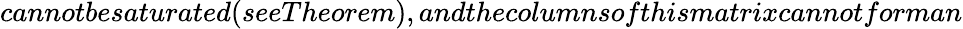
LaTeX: cannotbesaturated(seeTheorem),andthecolumnsofthismatrixcannotforman